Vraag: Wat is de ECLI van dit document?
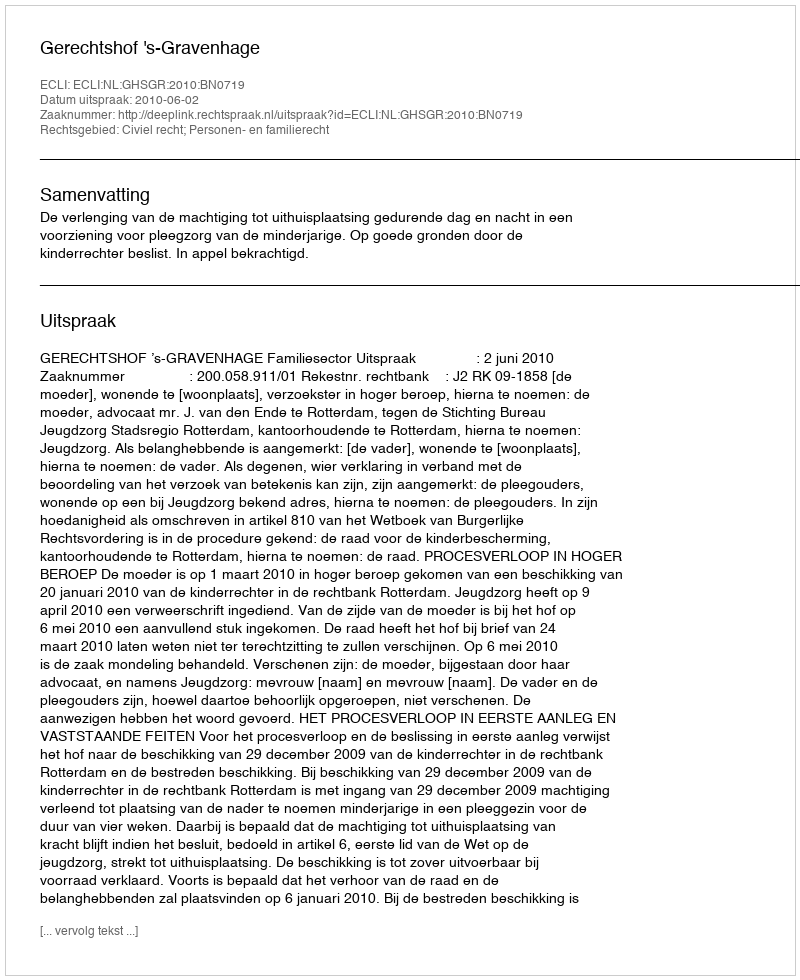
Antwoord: ECLI:NL:GHSGR:2010:BN0719